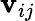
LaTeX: \mathbf{v}_{ij}